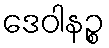
ဒေဝါနဉ္စ